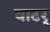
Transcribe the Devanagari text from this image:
वाटर्